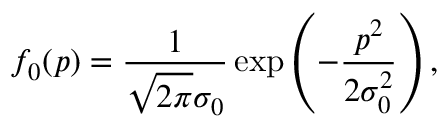
f _ { 0 } ( p ) = \frac { 1 } { \sqrt { 2 \pi } \sigma _ { 0 } } \exp \left( - \frac { p ^ { 2 } } { 2 \sigma _ { 0 } ^ { 2 } } \right) ,